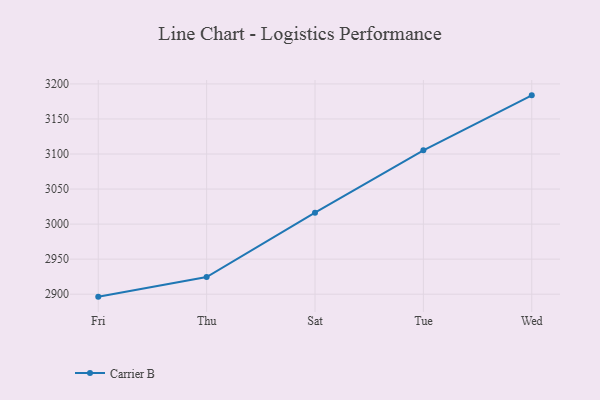
{"axis": {"x": "Day", "y": "Churn Rate (%)"}, "legend": ["Carrier B"], "data": [{"x": "Fri", "y": 2896.5, "type": "Carrier B"}, {"x": "Thu", "y": 2924.5, "type": "Carrier B"}, {"x": "Sat", "y": 3016.3, "type": "Carrier B"}, {"x": "Tue", "y": 3105.3, "type": "Carrier B"}, {"x": "Wed", "y": 3183.7, "type": "Carrier B"}]}